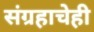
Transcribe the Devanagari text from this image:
संग्रहाचेही